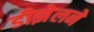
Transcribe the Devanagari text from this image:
डीझेलने